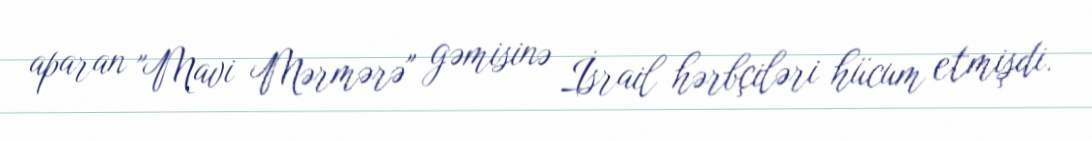
aparan "Mavi Mərmərə" gəmisinə İsrail hərbçiləri hücum etmişdi.